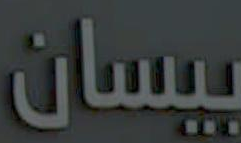
بیسان